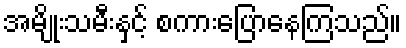
အမျိုးသမီးနှင့် စကားပြောနေကြသည်။